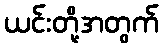
ယင်းတို့အတွက်